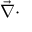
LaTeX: { \vec { \nabla } } \cdot